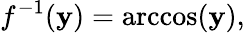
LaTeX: f^{-1}(\mathbf{y})=\operatorname{arccos}(\mathbf{y}),